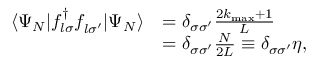
\begin{array} { r l } { \langle \Psi _ { N } | f _ { l \sigma } ^ { \dagger } f _ { l \sigma ^ { \prime } } ^ { \phantom { \dagger } } | \Psi _ { N } \rangle } & { = \delta _ { \sigma \sigma ^ { \prime } } \frac { 2 k _ { \mathrm { m a x } } + 1 } { L } } \\ & { = \delta _ { \sigma \sigma ^ { \prime } } \frac { N } { 2 L } \equiv \delta _ { \sigma \sigma ^ { \prime } } \eta , } \end{array}